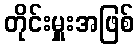
တိုင်းမှူးအဖြစ်